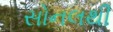
સોનલથી